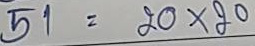
51 = 20 x 20